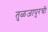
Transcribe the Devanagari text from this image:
तुळजापुरची